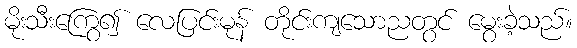
မိုးသီးကြွေ၍ လေပြင်းမုန် တိုင်းကျသောညတွင် မွေးခဲ့သည်။